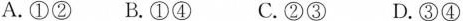
A.①②B.①④ C.②③ D.③④